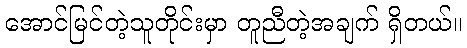
အောင်မြင်တဲ့သူတိုင်းမှာ တူညီတဲ့အချက် ရှိတယ်။